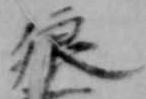
狼